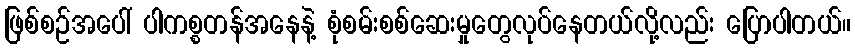
ဖြစ်စဉ်အပေါ် ပါကစ္စတန်အနေနဲ့ စုံစမ်းစစ်ဆေးမှုတွေလုပ်နေတယ်လို့လည်း ပြောပါတယ်။